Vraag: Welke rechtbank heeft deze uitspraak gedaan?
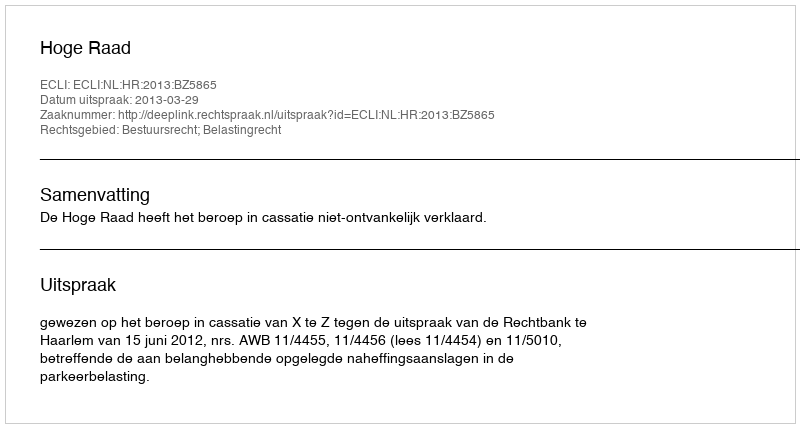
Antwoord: Hoge Raad